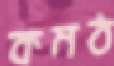
কমঠ